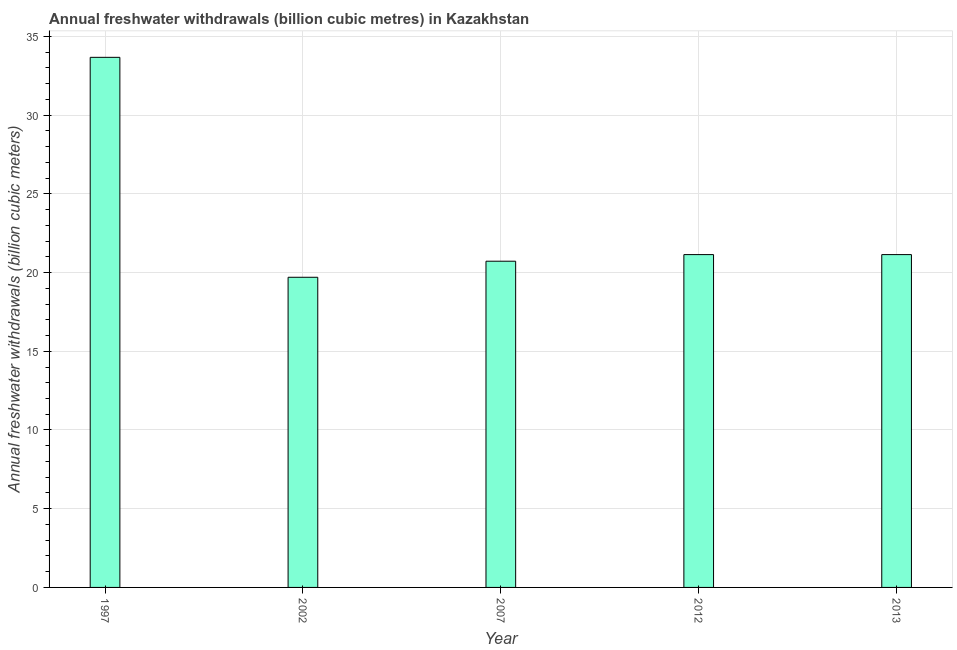
| Year | Annual freshwater withdrawals |
 | --- | --- |
 | 1997 | 33.7 |
 | 2002 | 19.7 |
 | 2007 | 20.7 |
 | 2012 | 21.1 |
 | 2013 | 21.1 |